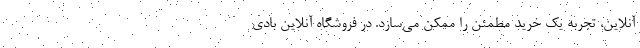
آنلاین، تجربه یک خرید مطمئن را ممکن می‌سازد. در فروشگاه آنلاین بادی